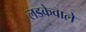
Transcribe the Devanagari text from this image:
लडकेवाले